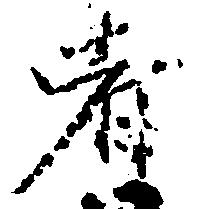
者